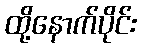
ထို့နောက်ပိုင်း